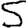
Digit: 5